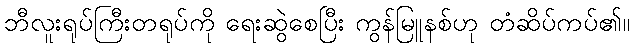
ဘီလူးရုပ်ကြီးတရုပ်ကို ရေးဆွဲစေပြီး ကွန်မြူနစ်ဟု တံဆိပ်ကပ်၏။